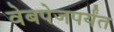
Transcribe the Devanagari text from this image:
वेबपेजपर्यंत